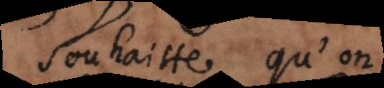
souhaitte qu’on